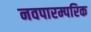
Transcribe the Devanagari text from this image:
नवपारम्परिक